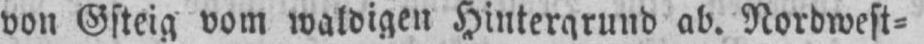
von Gsteig vom waldigen Hintergrund ab. Nordwest⸗